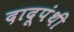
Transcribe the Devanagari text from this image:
दादूपंथी